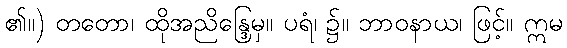
၏။) တတော၊ ထိုအညိန္ဒြေမှ။ ပရံ၊ ၌။ ဘာဝနာယ၊ ဖြင့်။ ဣမ